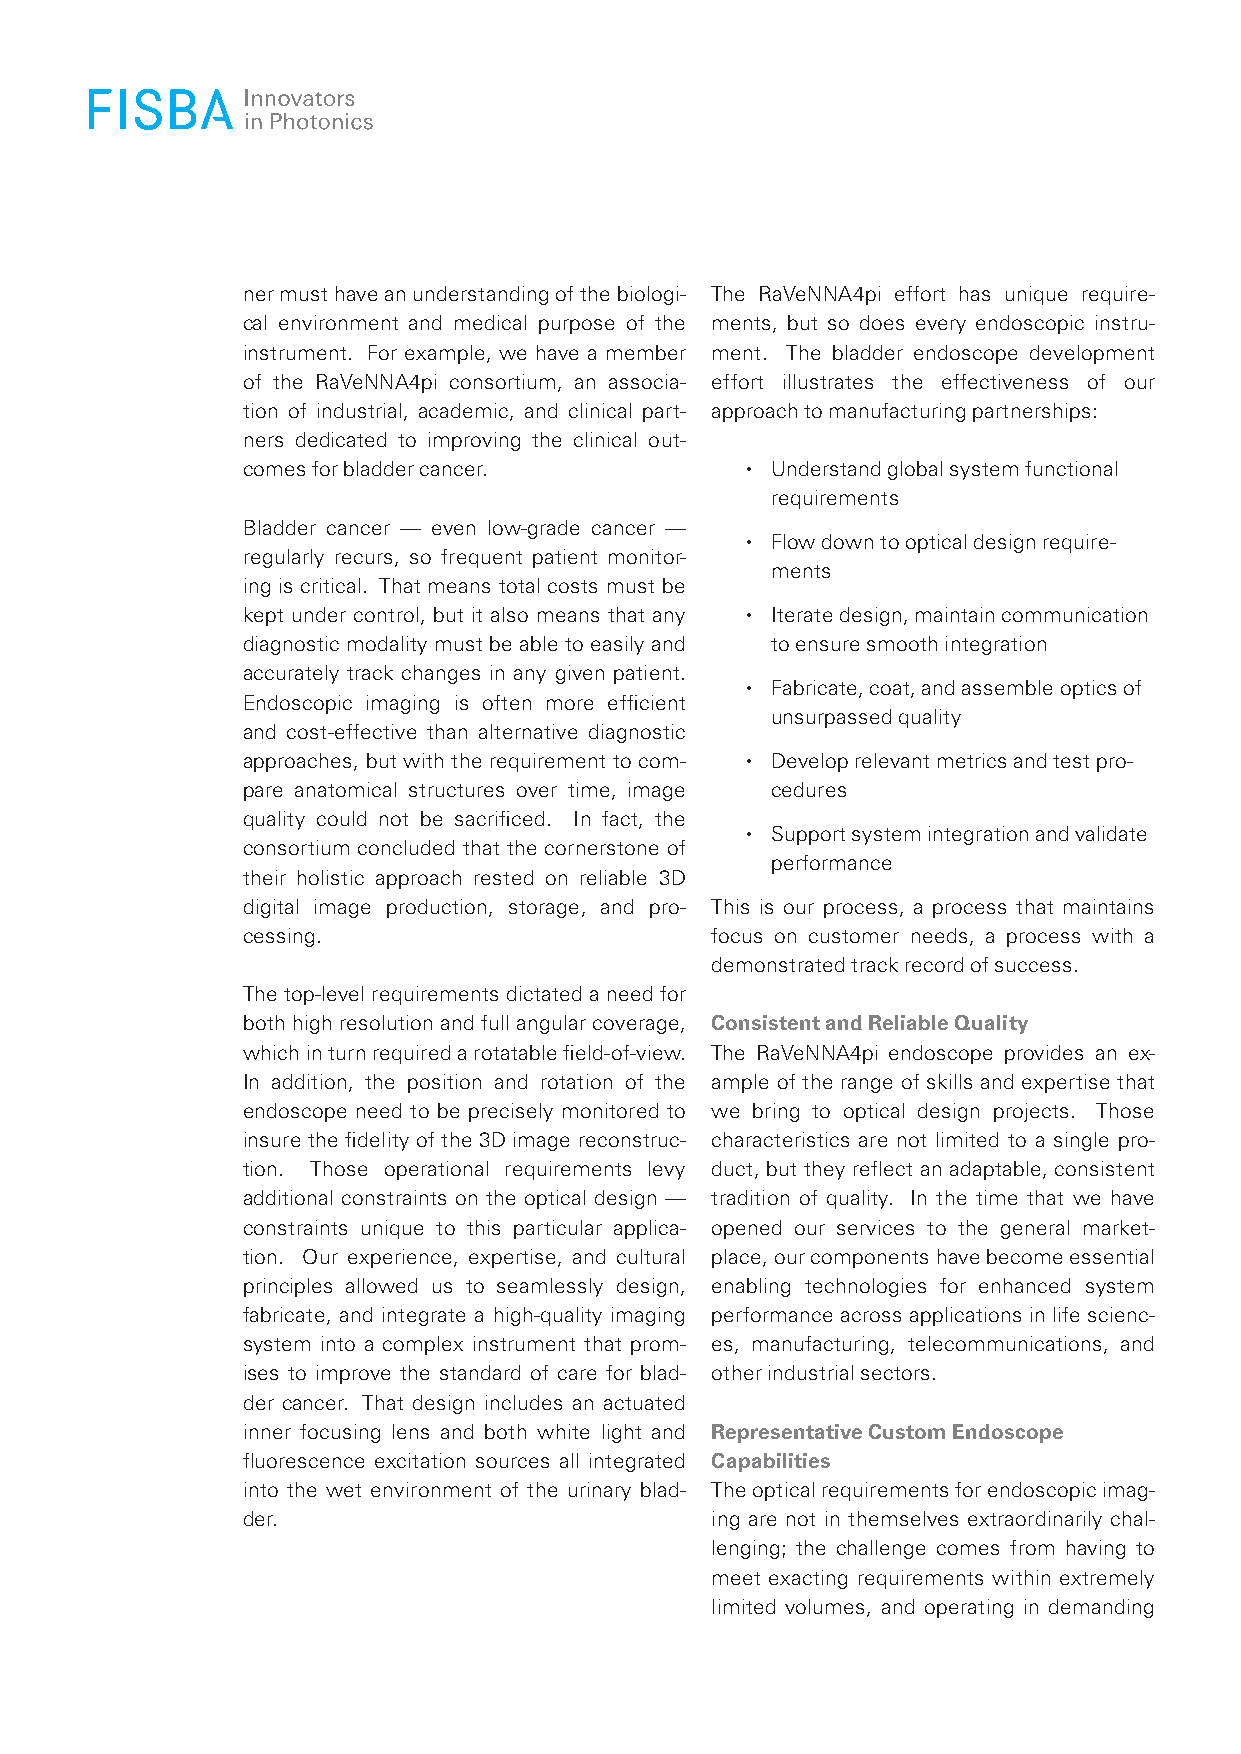
ner must have an understanding of the biologi­ The RaVeNNA4pi effort has unique require­
 cal environment and medical purpose of the ments, but so does every endoscopic instru­
 instrument. For example, we have a member ment. The bladder endoscope development
 of the RaVeNNA4pi consortium, an associa­ effort illustrates the effectiveness of our
 tion of industrial, academic, and clinical part­ approach to manufacturing partnerships:
 ners de dicated to improving the clinical out­
 comes for bladder cancer.        • Understand global system functional
 requirements
 Bladder cancer — even low­grade cancer —
 • Flow down to optical design require­
 regularly recurs, so frequent patient monitor­
 ments
 ing is critical. That means total costs must be
 kept under control, but it also means that any • Iterate design, maintain communication
 diagnostic modality must be able to easily and to ensure smooth integration
 accurately track changes in any given patient.
 • Fabricate, coat, and assemble optics of
 Endoscopic imaging is often more efficient
 unsurpassed quality
 and cost­effective than alternative diagnostic
 approaches, but with the requirement to com­ • Develop relevant metrics and test pro­
 pare anatomical structures over time, image cedures
 quality could not be sacrificed. In fact, the
 • Support system integration and validate
 consortium concluded that the cornerstone of
 performance
 their holistic approach rested on reliable 3D
 digital image production, storage, and pro­ This is our process, a process that maintains
 cessing.                       focus on customer needs, a process with a
 demonstrated track record of success.
 The top­level requirements dictated a need for
 both high resolution and full angular coverage, Consistent and Reliable Quality
 which in turn required a rotatable field-of-view. The RaVeNNA4pi endoscope provides an ex­
 In addition, the position and rotation of the ample of the range of skills and expertise that
 endoscope need to be precisely monitored to we bring to optical design projects. Those
 insure the fidelity of the 3D image reconstruc­ characteristics are not limited to a single pro­
 tion. Those operational requirements levy duct, but they reflect an adaptable, consistent
 ad ditional constraints on the optical design — tradition of quality. In the time that we have
 constraints unique to this particular applica­ opened our services to the general market­
 tion. Our experience, expertise, and cultural place, our components have become essential
 prin ciples allowed us to seamlessly design, enabling technologies for enhanced system
 fabricate, and integrate a high­quality imaging performance across applications in life scienc­
 system into a complex instrument that prom­ es, manufacturing, telecommunications, and
 ises to improve the standard of care for blad­ other industrial sectors.
 der cancer. That design includes an actuated
 inner focusing lens and both white light and Representative Custom Endoscope
 fluorescence excitation sources all integrated Capabilities
 into the wet environment of the urinary blad­ The optical requirements for endoscopic imag­
 der.                           ing are not in themselves extraordinarily chal­
 lenging; the challenge comes from having to
 meet exacting requirements within extre mely
 limited volumes, and operating in demanding